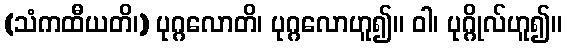
(သံကထီယတိ၊) ပုဂ္ဂလောတိ၊ ပုဂ္ဂလောဟူ၍။ ဝါ၊ ပုဂ္ဂိုလ်ဟူ၍။